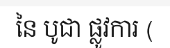
នៃ បូជា ផ្លូវការ (